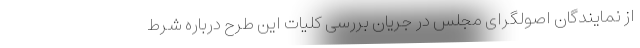
از نمایندگان اصولگرای مجلس در جریان بررسی کلیات این طرح درباره شرط